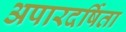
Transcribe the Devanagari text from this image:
अपारदर्षिता